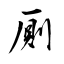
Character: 厠